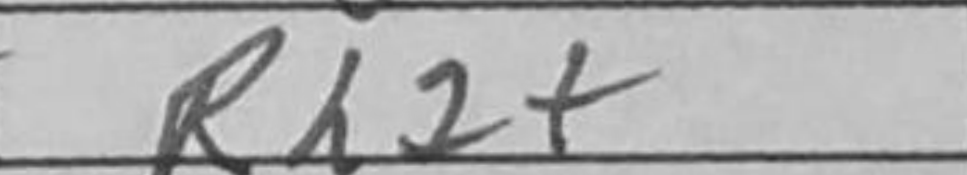
Transcription: Rh2+